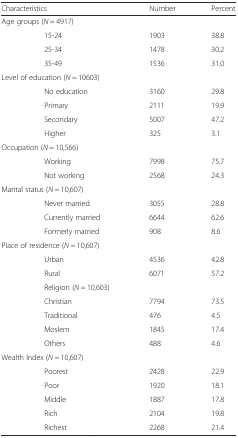
<table><thead><tr><td colspan="2"><b>Characteristics</b></td><td><b>Number</b></td><td><b>Percent</b></td></tr></thead><tbody><tr><td colspan="4">Age groups (<i>N</i> = 4917)</td></tr><tr><td></td><td>15-24</td><td>1903</td><td>38.8</td></tr><tr><td></td><td>25-34</td><td>1478</td><td>30.2</td></tr><tr><td></td><td>35-49</td><td>1536</td><td>31.0</td></tr><tr><td colspan="4">Level of education (<i>N</i> = 10603)</td></tr><tr><td></td><td>No education</td><td>3160</td><td>29.8</td></tr><tr><td></td><td>Primary</td><td>2111</td><td>19.9</td></tr><tr><td></td><td>Secondary</td><td>5007</td><td>47.2</td></tr><tr><td></td><td>Higher</td><td>325</td><td>3.1</td></tr><tr><td colspan="4">Occupation (<i>N</i> = 10,566)</td></tr><tr><td></td><td>Working</td><td>7998</td><td>75.7</td></tr><tr><td></td><td>Not working</td><td>2568</td><td>24.3</td></tr><tr><td colspan="2">Marital status (<i>N</i> = 10,607)</td><td></td><td></td></tr><tr><td></td><td>Never married</td><td>3055</td><td>28.8</td></tr><tr><td></td><td>Currently married</td><td>6644</td><td>62.6</td></tr><tr><td></td><td>Formerly married</td><td>908</td><td>8.6</td></tr><tr><td colspan="4">Place of residence (<i>N</i> = 10,607)</td></tr><tr><td></td><td>Urban</td><td>4536</td><td>42.8</td></tr><tr><td></td><td>Rural</td><td>6071</td><td>57.2</td></tr><tr><td></td><td>Religion (<i>N</i> = 10,603)</td><td></td><td></td></tr><tr><td></td><td>Christian</td><td>7794</td><td>73.5</td></tr><tr><td></td><td>Traditional</td><td>476</td><td>4.5</td></tr><tr><td></td><td>Moslem</td><td>1845</td><td>17.4</td></tr><tr><td></td><td>Others</td><td>488</td><td>4.6</td></tr><tr><td colspan="4">Wealth Index (<i>N</i> = 10,607)</td></tr><tr><td></td><td>Poorest</td><td>2428</td><td>22.9</td></tr><tr><td></td><td>Poor</td><td>1920</td><td>18.1</td></tr><tr><td></td><td>Middle</td><td>1887</td><td>17.8</td></tr><tr><td></td><td>Rich</td><td>2104</td><td>19.8</td></tr><tr><td></td><td>Richest</td><td>2268</td><td>21.4</td></tr></tbody></table>